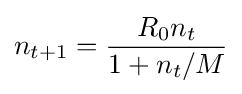
n_{t+1}={\frac {R_{0}n_{t}}{1+n_{t}/M}}